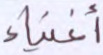
أغنياء